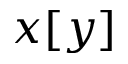
x [ y ]